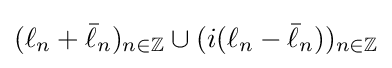
(\ell _{n}+{\bar {\ell }}_{n})_{n\in \mathbb {Z} }\cup (i(\ell _{n}-{\bar {\ell }}_{n}))_{n\in \mathbb {Z} }